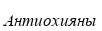
Антиохияны